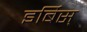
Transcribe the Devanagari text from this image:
इर्बिस्